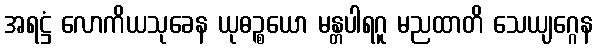
အရဋ္ဌံ လောကိယသုခေန ယုဓဉ္စယော မန္တပါရဂူ မညထာတိ သေယျဂ္ဂေန